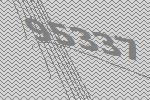
95337